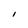
Character: I